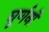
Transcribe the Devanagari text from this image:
घूर्णनों